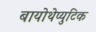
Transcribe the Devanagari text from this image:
बायोथेप्युटिक